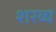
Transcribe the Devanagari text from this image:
शरव्य